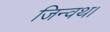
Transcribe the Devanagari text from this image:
जिन्वथ।